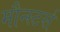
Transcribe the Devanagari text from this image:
मौन्स्टर्स